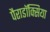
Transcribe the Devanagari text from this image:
पैराडॉक्सिया